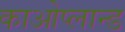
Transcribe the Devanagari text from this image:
काओप्लान्ड